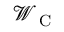
\mathcal { W } _ { \mathrm { ~ C ~ } }